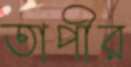
তাপীর